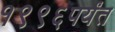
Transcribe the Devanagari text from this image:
१९९६पर्यंत